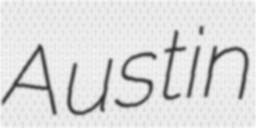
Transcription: Austin